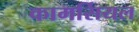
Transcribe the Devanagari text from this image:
कामर्सियल